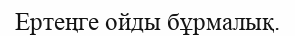
Ертеңге ойды бұрмалық.